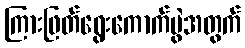
ကြားဖြတ်ရွေးကောက်ပွဲအတွက်